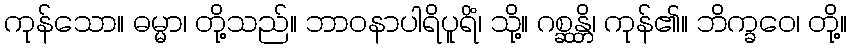
ကုန်သော။ ဓမ္မာ၊ တို့သည်။ ဘာဝနာပါရိပူရိံ၊ သို့။ ဂစ္ဆန္တိ၊ ကုန်၏။ ဘိက္ခဝေ၊ တို့။